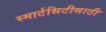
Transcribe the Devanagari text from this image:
स्मार्टसिटीसाठी